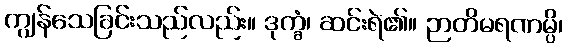
ကျွန်သေခြင်းသည်လည်း။ ဒုက္ခံ၊ ဆင်းရဲ၏။ ဉာတိမရဏမ္ပိ၊